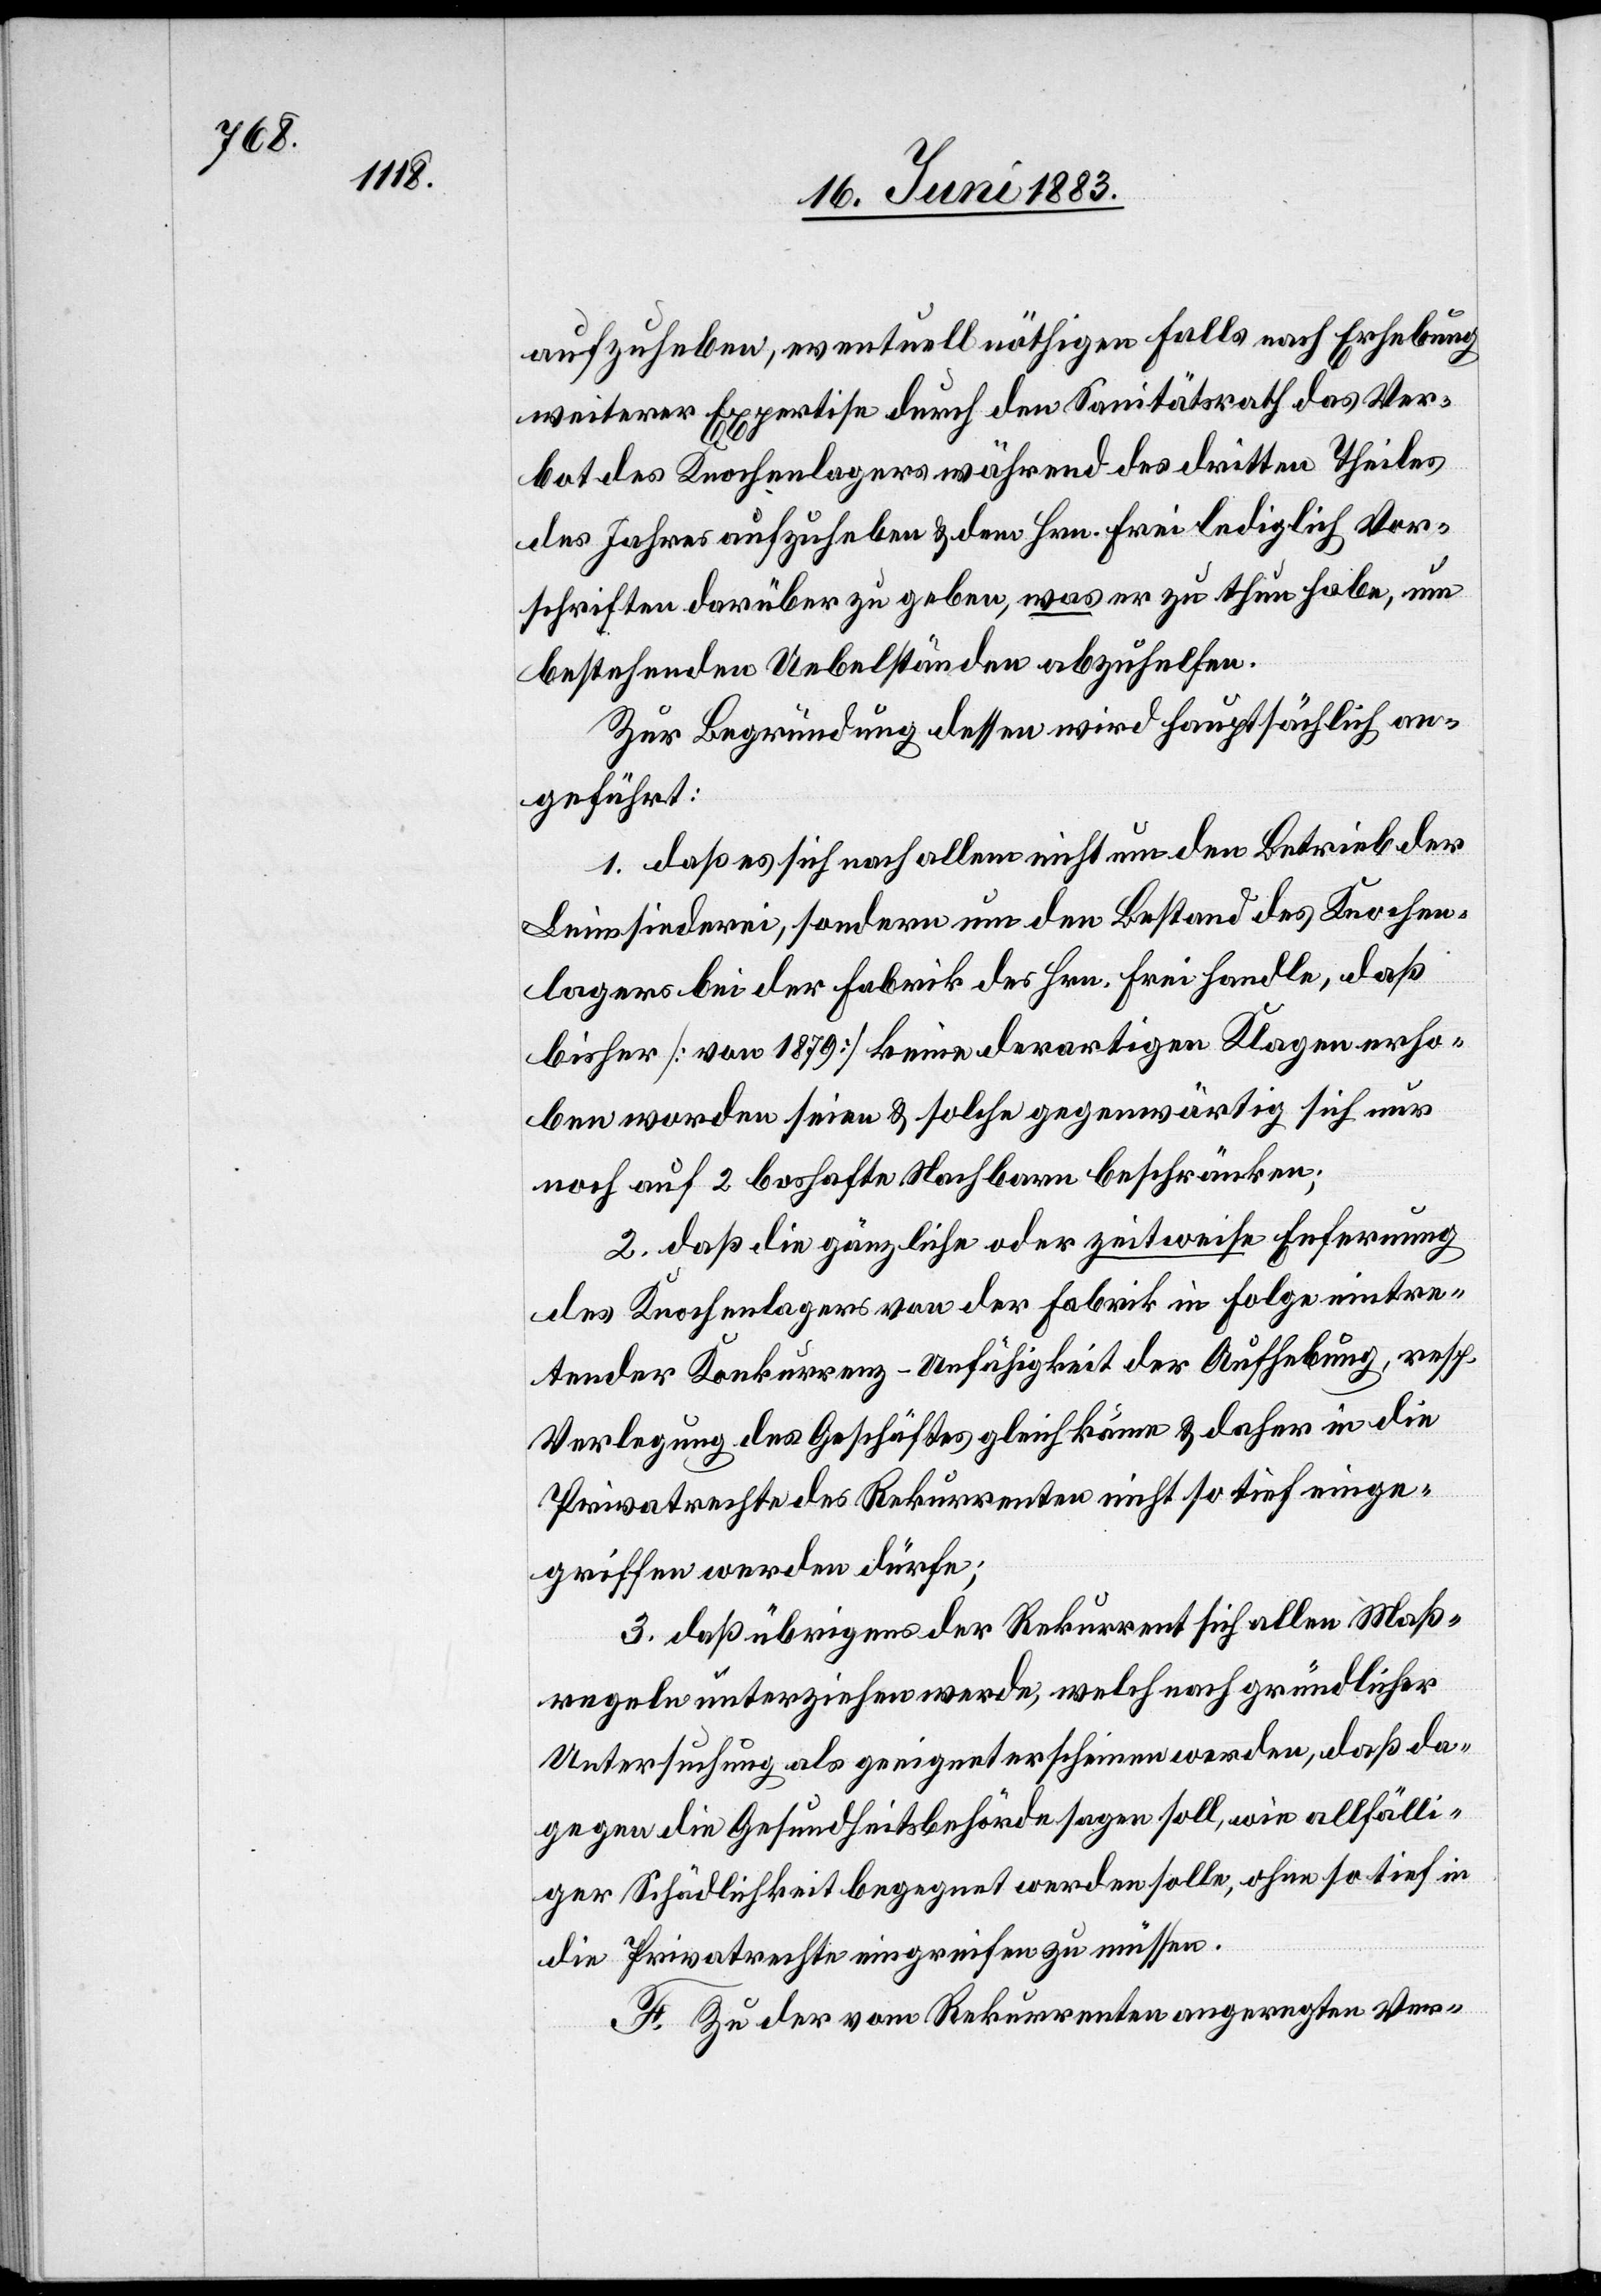
aufzuheben, eventuell nöthigen Falls nach Erhebung
weiterer Expertise durch den Sanitätsrath das Ver¬
bot des Knochenlagers während des dritten Theiles
des Jahres aufzuheben & dem Hrn. Frei lediglich Vor¬
schriften darüber zu geben, was er zu thun habe, um
bestehenden Uebelständen abzuhelfen.
Zur Begründung dessen wird hauptsächlich an¬
geführt:
1. daß es sich nach allem nicht um den Betrieb der
Leimsiederei, sondern um den Bestand des Knochen¬
lagers bei der Fabrik des Hrn. Frei handle, daß
bisher [von 1879] keine derartigen Klagen erho¬
ben worden seien & solche gegenwärtig sich nur
noch auf 2 boshafte Nachbarn beschränken;
2. daß die gänzliche oder zeitweise Entfernung
des Knochenlagers von der Fabrik in Folge eintre¬
tender Konkurrenz-Unfähigkeit der Aufhebung, resp.
Verlegung des Geschäftes gleichkäme & daher in die
Privatrechte des Rekurrenten nicht so tief einge¬
griffen werden dürfe;
3. daß übrigens der Rekurrent sich allen Maß¬
regeln unterziehen werde, welch nach gründlicher
Untersuchung als geeignet erscheinen werden, daß da¬
gegen die Gesundheitsbehörde sagen soll, wie allfälli¬
ger Schädlichkeit begegnet werden solle, ohne so tief in
die Privatrechte eingreifen zu müssen.
F. Zu der vom Rekurrenten angeregten Ver-